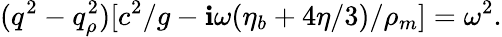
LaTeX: (q^{2}-q_{\rho}^{2})[c^{2}/g-\mathbf{i}\omega(\eta_{b}+4\eta/3)/\rho_{m}]=\omega^{2}.